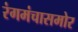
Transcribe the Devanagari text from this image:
रंगमंचासमोर